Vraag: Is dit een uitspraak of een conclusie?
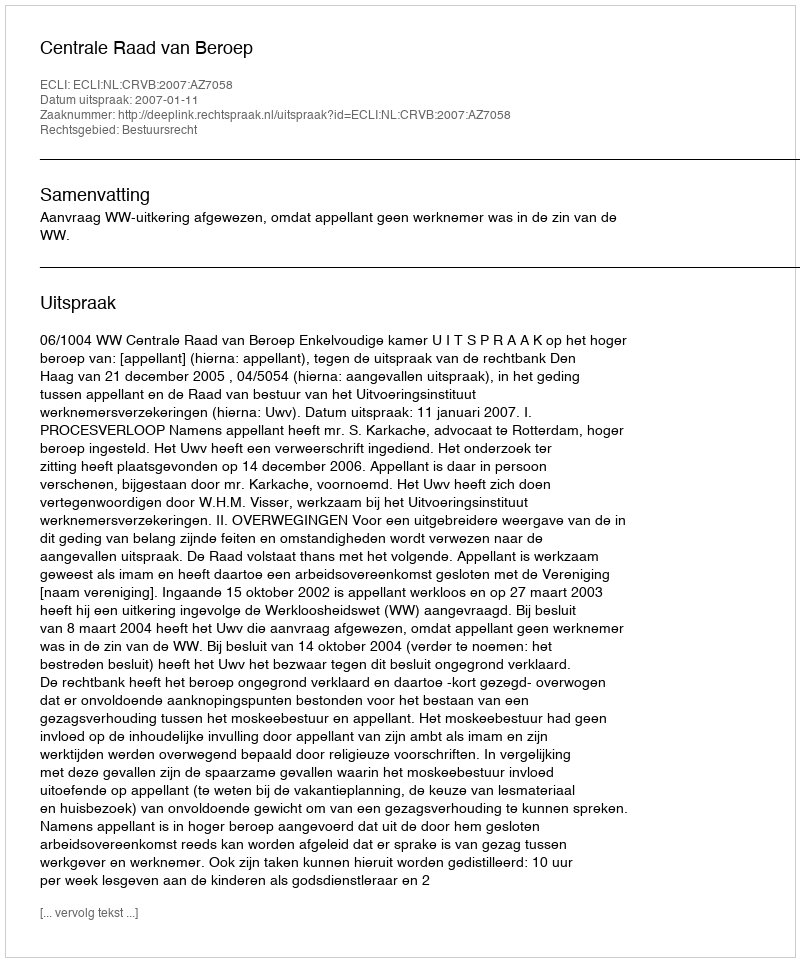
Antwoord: Uitspraak